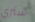
ستري